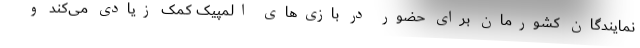
نمایندگان کشورمان برای حضور در بازی‌های المپیک کمک زیادی می‌کند و